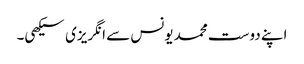
اپنے دوست محمد یونس سے انگریزی سیکھی۔